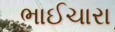
ભાઈચારા